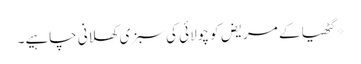
*گٹھیا کے مریض کو چولائی کی سبزی کھلانی چاہیے۔